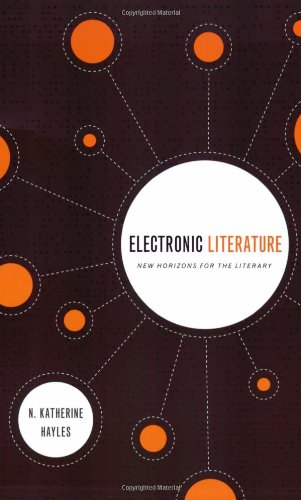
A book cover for Electronic Literature: New Horizons for the Literary (WARD PHILLIPS LECTUR); N. Katherine Hayles; Computers & Technology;